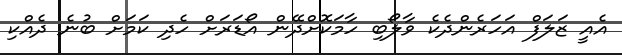
އެއީ ޒަލަފް އަހަރެންދެކެ ވާލޯބި ހާމަކޮށްދޭން އޯޑަރަށް ހެދި ކަމަށް ބުނެ ދެއްކި